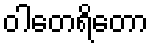
ဝါတေရိတော